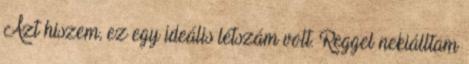
Azt hiszem, ez egy ideális létszám volt. Reggel nekiálltam